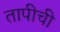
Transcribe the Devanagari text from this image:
तापीची